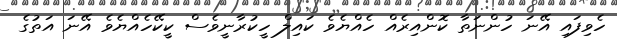
ހެވިފައި އޭނަ ހުންނަތާ ކޮންއިރެއް ހެއްޔެވެ ކައިލް ހީކުރާނީވެސް ކީކޭހެއްޔެވެ އޭނަ އަތުގެ